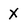
Character: X